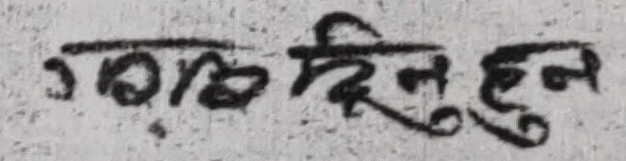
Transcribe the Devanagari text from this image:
त. का. दिन् हुन